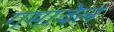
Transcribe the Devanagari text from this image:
गमावेल